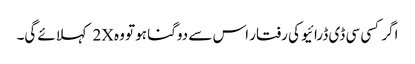
اگر کسی سی ڈی ڈرائیو کی رفتار اس سے دوگنا ہو تو وہ 2X کہلائے گی۔